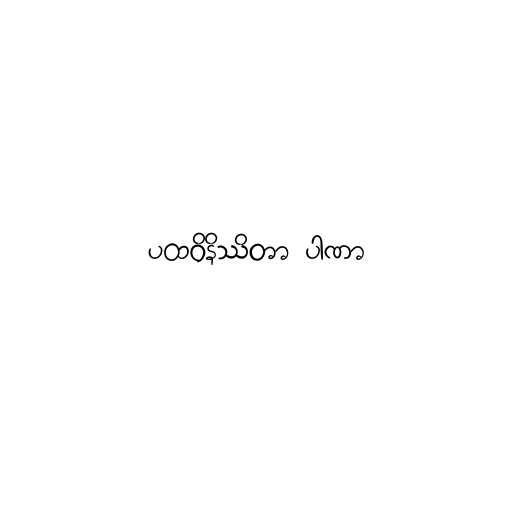
ပထဝိနိဿိတာ ပါဏာ